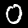
Label: 0